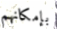
بإمكانهم